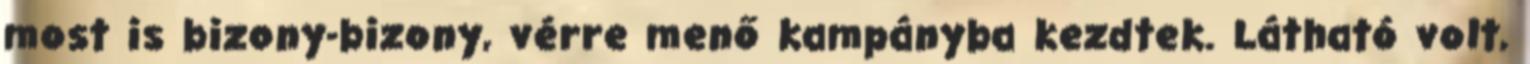
most is bizony-bizony, vérre menő kampányba kezdtek. Látható volt,